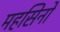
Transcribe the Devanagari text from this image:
महसिनों